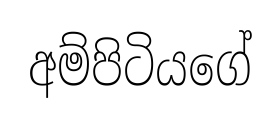
අම්පිටියගේ